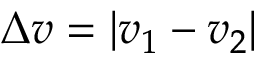
\Delta v = \vert v _ { 1 } - v _ { 2 } \vert